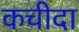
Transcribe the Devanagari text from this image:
कचीदा